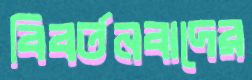
বিবর্তনবাদের